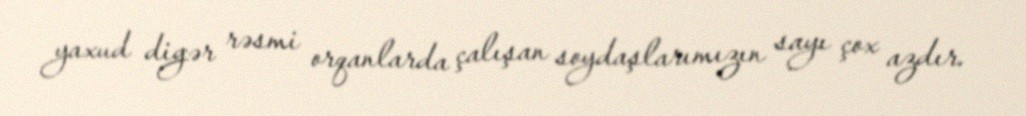
yaxud digər rəsmi orqanlarda çalışan soydaşlarımızın sayı çox azdır.